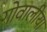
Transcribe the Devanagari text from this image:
गोवालीया